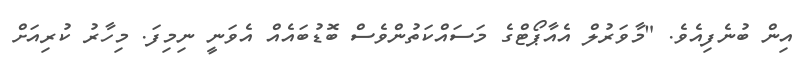
އިން ބުނެފިއެވެ. "މާވަރުލް އެއާޕޯޓްގެ މަސައްކަތުންވެސް ބޮޑުބައެއް އެވަނީ ނިމިފަ. މިހާރު ކުރިއަށް